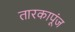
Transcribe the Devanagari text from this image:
तारकापूंज